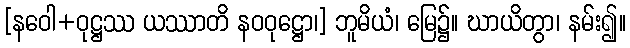
[နဝေါ+ဝုဋ္ဌဿ ယဿာတိ နဝဝုဋ္ဌော၊] ဘူမိယံ၊ မြေ၌။ ဃာယိတွာ၊ နမ်း၍။